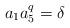
LaTeX: \begin{align*}a_1a_5^q=\delta\end{align*}